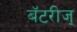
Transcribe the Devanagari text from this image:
बॅटरीज्